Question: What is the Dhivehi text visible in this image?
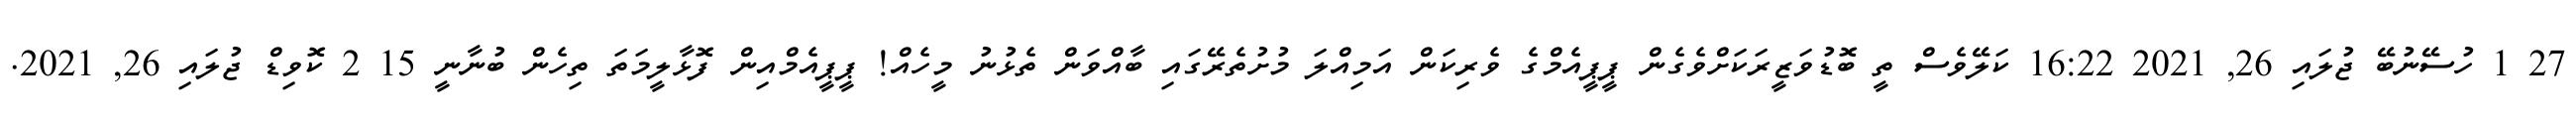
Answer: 27 1 ހުސޭނުބޭ ޖުލައި 26, 2021 16:22 ކަލޭވެސް ތީ ބޮޑުވަޒީރަކަށްވެގެން ޕީޕީއެމްގެ ވެރިކަން އަމިއްލަ މުށުތެރޭގައި ބާއްވަން ތެޅުނު މީހެއް! ޕީޕީއެމްއިން ފޮޅާލީމަތަ ތިހެން ބުނާނީ 15 2 ކޮވިޑް ޖުލައި 26, 2021.